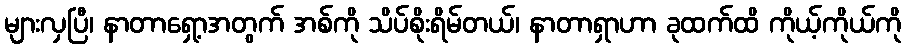
များလှပြီ၊ နာတာရှော့အတွက် အစ်ကို သိပ်စိုးရိမ်တယ်၊ နာတာရှာဟာ ခုထက်ထိ ကိုယ့်ကိုယ်ကို